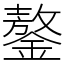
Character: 鏊